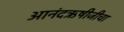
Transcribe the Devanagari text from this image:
आनंदऋषीजीचा